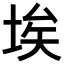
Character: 埃